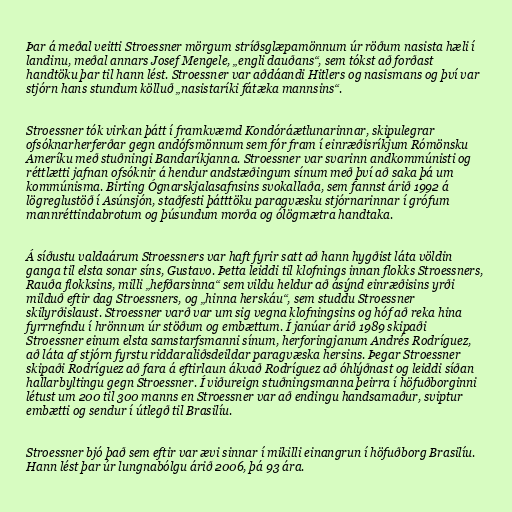
Þar á meðal veitti Stroessner mörgum stríðsglæpamönnum úr röðum nasista hæli í
landinu, meðal annars Josef Mengele, „engli dauðans“, sem tókst að forðast
handtöku þar til hann lést. Stroessner var aðdáandi Hitlers og nasismans og því var
stjórn hans stundum kölluð „nasistaríki fátæka mannsins“.

Stroessner tók virkan þátt í framkvæmd Kondóráætlunarinnar, skipulegrar
ofsóknarherferðar gegn andófsmönnum sem fór fram í einræðisríkjum Rómönsku
Ameríku með stuðningi Bandaríkjanna. Stroessner var svarinn andkommúnisti og
réttlætti jafnan ofsóknir á hendur andstæðingum sínum með því að saka þá um
kommúnisma. Birting Ógnarskjalasafnsins svokallaða, sem fannst árið 1992 á
lögreglustöð í Asúnsjón, staðfesti þátttöku paragvæsku stjórnarinnar í grófum
mannréttindabrotum og þúsundum morða og ólögmætra handtaka.

Á síðustu valdaárum Stroessners var haft fyrir satt að hann hygðist láta völdin
ganga til elsta sonar síns, Gustavo. Þetta leiddi til klofnings innan flokks Stroessners,
Rauða flokksins, milli „hefðarsinna“ sem vildu heldur að ásýnd einræðisins yrði
milduð eftir dag Stroessners, og „hinna herskáu“, sem studdu Stroessner
skilyrðislaust. Stroessner varð var um sig vegna klofningsins og hóf að reka hina
fyrrnefndu í hrönnum úr stöðum og embættum. Í janúar árið 1989 skipaði
Stroessner einum elsta samstarfsmanni sínum, herforingjanum Andrés Rodríguez,
að láta af stjórn fyrstu riddaraliðsdeildar paragvæska hersins. Þegar Stroessner
skipaði Rodríguez að fara á eftirlaun ákvað Rodríguez að óhlýðnast og leiddi síðan
hallarbyltingu gegn Stroessner. Í viðureign stuðningsmanna þeirra í höfuðborginni
létust um 200 til 300 manns en Stroessner var að endingu handsamaður, sviptur
embætti og sendur í útlegð til Brasilíu.

Stroessner bjó það sem eftir var ævi sinnar í mikilli einangrun í höfuðborg Brasilíu.
Hann lést þar úr lungnabólgu árið 2006, þá 93 ára.